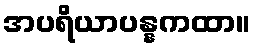
အပရိယာပန္နကထာ။